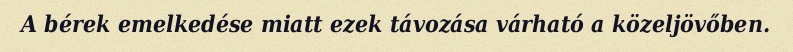
A bérek emelkedése miatt ezek távozása várható a közeljövőben.